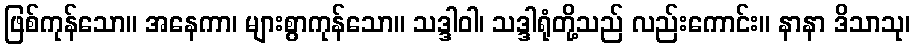
ဖြစ်ကုန်သော။ အနေကာ၊ များစွာကုန်သော။ သဒ္ဒါဝါ၊ သဒ္ဒါရုံတို့သည် လည်းကောင်း။ နာနာ ဒိသာသု၊